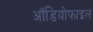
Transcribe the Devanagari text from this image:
ऑडियोफाइल